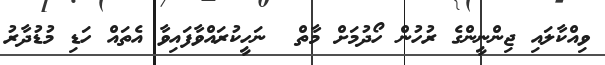
ވިއްކާލައި ޖިންނީންގެ ރުހުން ހޯދުމަށް މާތް  ނަހީކުރައްވާފައިވާ އެތައް ހަޑި މުޑުދާރު